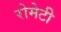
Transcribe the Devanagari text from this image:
रोमेटी